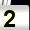
Digit: 2